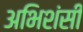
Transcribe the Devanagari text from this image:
अभिशंसी